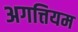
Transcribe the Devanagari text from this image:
अगत्तियम